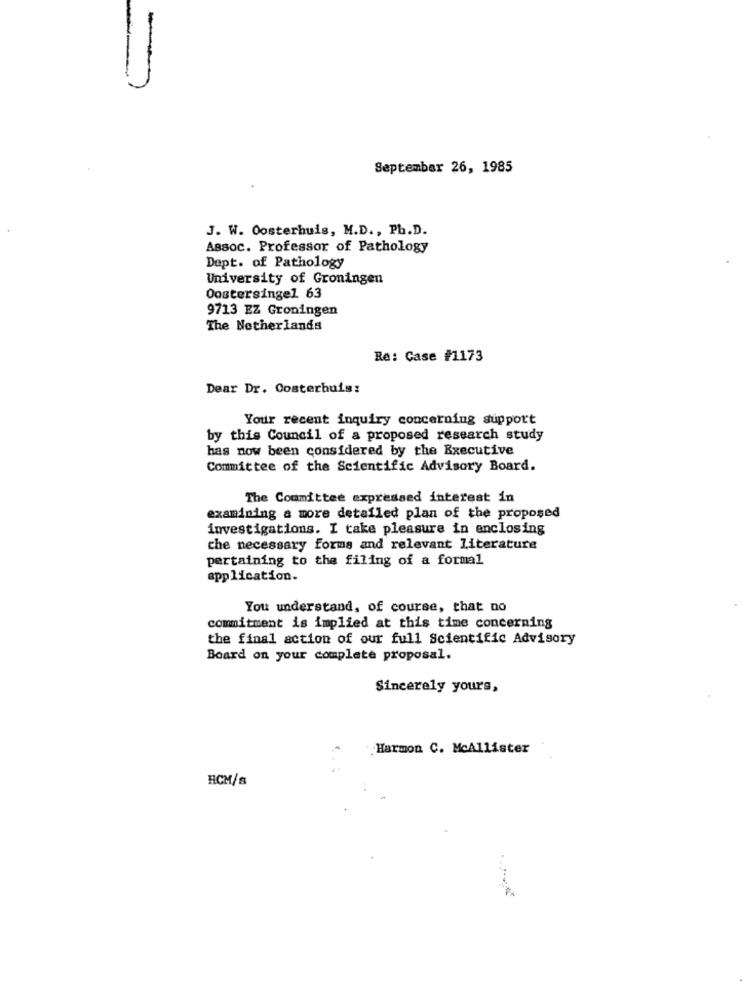
September 26, 1985
J. W. Oosterhuis, M.D ., Ph.D.
Assoc. Professor of Pathology
Dept. of Pathology
University of Groningen
Oostersingel 63
9713 EZ Groningen
The Netherlands
Re: Case #1173
Dear Dr. Costerbuis:
Your recent inquiry concerning support
by this Council of a proposed research study
has now been considered by the Executive
Committee of the Scientific Advisory Board.
The Committee expressed interest in
examining a more detailed plan of the proposed
investigations. I take pleasure in enclosing
che necessary forms and relevant literature
pertaining to the filing of a formal
application.
You understand, of course, that no
commitment is implied at this time concerning
the final action of our full Scientific Advisory
Board on your complete proposal.
Sincerely yours,
.Harmon C. McAllister
HCM/s